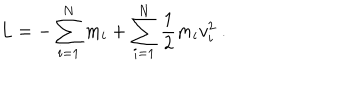
LaTeX: { L = - \sum _ { i = 1 } ^ { N } m _ { i } + \sum _ { i = 1 } ^ { N } { \frac { 1 } { 2 } } m _ { i } v _ { i } ^ { 2 } \ . }